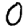
Digit: 0